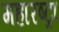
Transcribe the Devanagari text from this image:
महारष्ट्रा